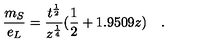
\frac { m _ { S } } { e _ { L } } = \frac { t ^ { \frac { 1 } { 2 } } } { z ^ { \frac { 1 } { 4 } } } ( \frac { 1 } { 2 } + 1 . 9 5 0 9 z ) \quad .